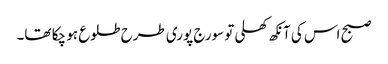
صبح اس کی آنکھ کھلی تو سورج پوری طرح طلوع ہو چکا تھا۔